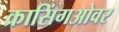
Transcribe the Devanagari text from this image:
क्रासिंगओवर